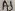
Text: A5